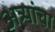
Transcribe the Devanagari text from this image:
अत्र्यांचा